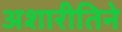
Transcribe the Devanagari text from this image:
अशारीतिने